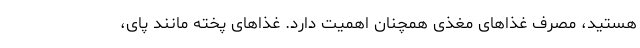
هستید، مصرف غذاهای مغذی همچنان اهمیت دارد. غذاهای پخته مانند پای،